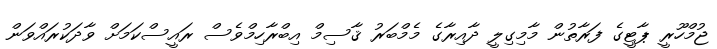
ޖުމްހޫރީ ޕާޓީގެ ފަރާތުން މާމިގިލީ ދާއިރާގެ މެމްބަރު ޤާސިމް އިބްރާހިމްވެސް ރައީސްކަމަށް ވާދަކުރައްވަން